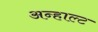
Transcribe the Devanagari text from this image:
अन्हाल्ट